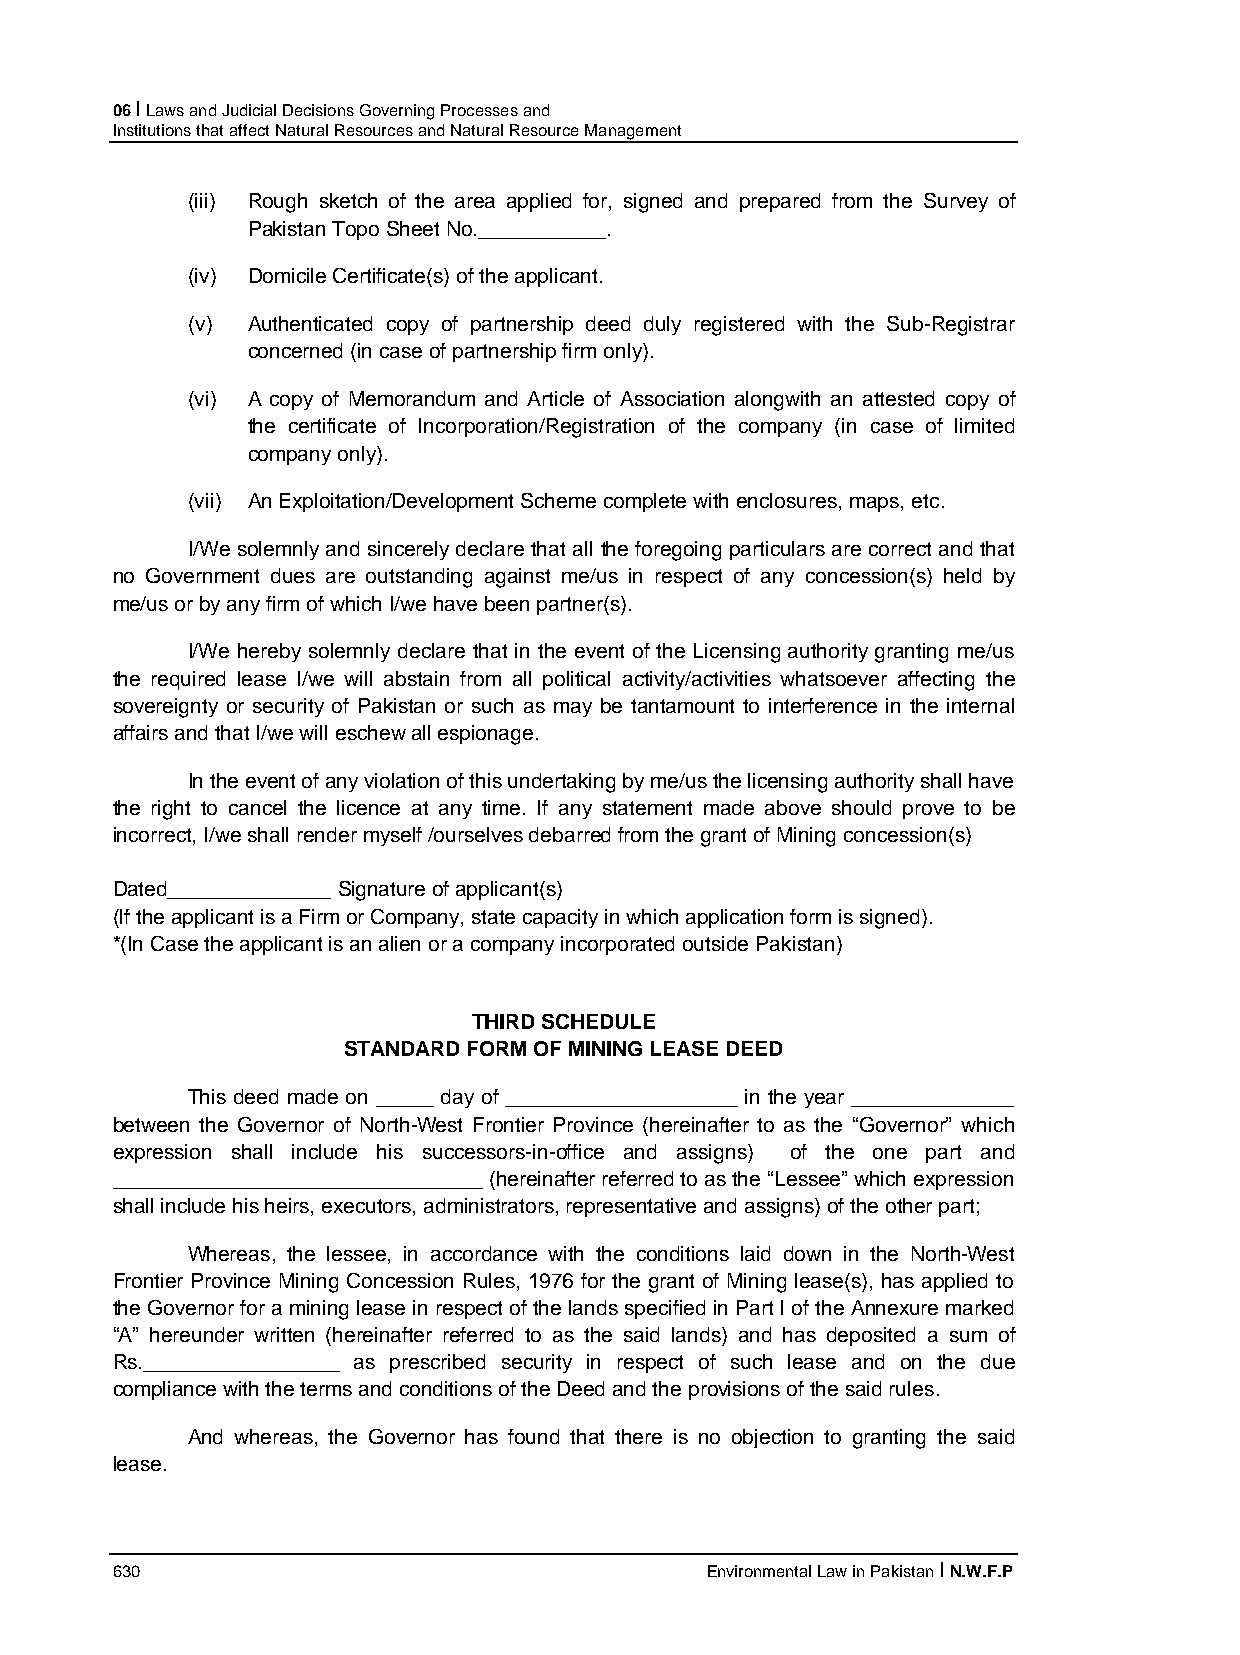
06 I Laws and Judicial Decisions Governing Processes and
 Institutions that affect Natural Resources and Natural Resource Management
 (iii) Rough sketch of the area applied for, signed and prepared from the Survey of
 Pakistan Topo Sheet No.___________.
 (iv) Domicile Certificate(s) of the applicant.
 (v) Authenticated copy of partnership deed duly registered with the Sub-Registrar
 concerned (in case of partnership firm only).
 (vi) A copy of Memorandum and Article of Association alongwith an attested copy of
 the certificate of Incorporation/Registration of the company (in case of limited
 company only).
 (vii) An Exploitation/Development Scheme complete with enclosures, maps, etc.
 I/We solemnly and sincerely declare that all the foregoing particulars are correct and that
 no Government dues are outstanding against me/us in respect of any concession(s) held by
 me/us or by any firm of which I/we have been partner(s).
 I/We hereby solemnly declare that in the event of the Licensing authority granting me/us
 the required lease I/we will abstain from all political activity/activities whatsoever affecting the
 sovereignty or security of Pakistan or such as may be tantamount to interference in the internal
 affairs and that I/we will eschew all espionage.
 In the event of any violation of this undertaking by me/us the licensing authority shall have
 the right to cancel the licence at any time. If any statement made above should prove to be
 incorrect, I/we shall render myself /ourselves debarred from the grant of Mining concession(s)
 Dated______________ Signature of applicant(s)
 (If the applicant is a Firm or Company, state capacity in which application form is signed).
 *(In Case the applicant is an alien or a company incorporated outside Pakistan)
 THIRD SCHEDULE
 STANDARD FORM OF MINING LEASE DEED
 This deed made on _____ day of ____________________ in the year ______________
 between the Governor of North-West Frontier Province (hereinafter to as the “Governor” which
 expression shall include his successors-in-office and assigns) of the one part and
 ________________________________ (hereinafter referred to as the “Lessee” which expression
 shall include his heirs, executors, administrators, representative and assigns) of the other part;
 Whereas, the lessee, in accordance with the conditions laid down in the North-West
 Frontier Province Mining Concession Rules, 1976 for the grant of Mining lease(s), has applied to
 the Governor for a mining lease in respect of the lands specified in Part I of the Annexure marked
 “A” hereunder written (hereinafter referred to as the said lands) and has deposited a sum of
 Rs._________________ as prescribed security in respect of such lease and on the due
 compliance with the terms and conditions of the Deed and the provisions of the said rules.
 And whereas, the Governor has found that there is no objection to granting the said
 lease.
 630                                     Environmental Law in Pakistan I N.W.F.P